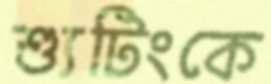
শ্যুটিংকে